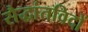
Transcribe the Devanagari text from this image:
सैद्धांतविदों